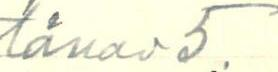
tänav 5.